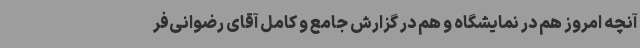
آنچه امروز هم در نمایشگاه و هم در گزارش جامع و کامل آقای رضوانی‌فر